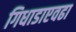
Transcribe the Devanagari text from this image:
गिधाडाएवढा